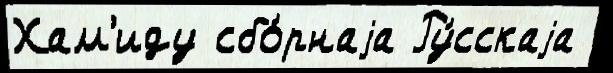
Хам'иду сбо́рнаjа Ру́сскаjа